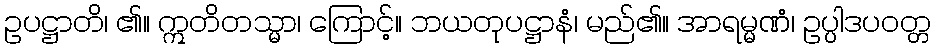
ဥပဋ္ဌာတိ၊ ၏။ ဣတိတသ္မာ၊ ကြောင့်။ ဘယတုပဋ္ဌာနံ၊ မည်၏။ အာရမ္မဏံ၊ ဥပ္ပါဒပဝတ္တ